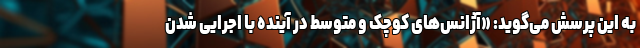
به این پرسش می‌گوید: «آژانس‌های کوچک و متوسط در آینده با اجرایی شدن